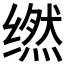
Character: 𬙇